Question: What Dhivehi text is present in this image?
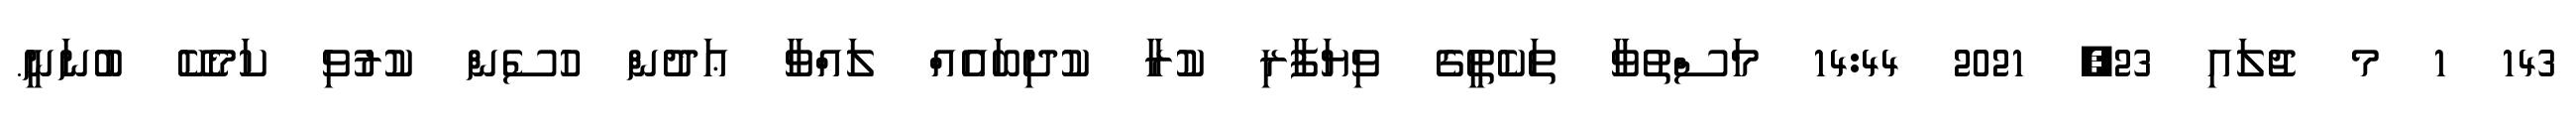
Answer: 143 1 މ ޖުލައި 23, 2021 14:44 މަސްތުވާ ތަކެތީގެ ވިޔަފާރި ކުރާ ކުދިބައެއް ލައްވާ ޢަދުން ހުސެން ކުރުވި ކަމެކޭ ބުނަނީ.